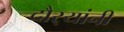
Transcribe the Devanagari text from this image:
दौर्‍यांनी